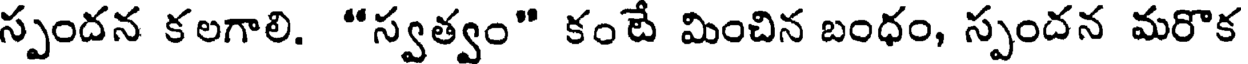
స్పందన కలగాలి. "స్వత్వం" కంటే మించిన బంధం, స్పందన మరొక